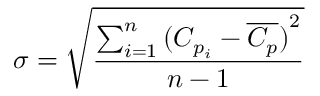
\sigma = \sqrt { \frac { \sum _ { i = 1 } ^ { n } { ( C _ { p _ { i } } - \overline { { C _ { p } } } ) } ^ { 2 } } { n - 1 } }